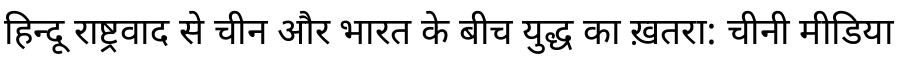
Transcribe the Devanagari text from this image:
हिन्दू राष्ट्रवाद से चीन और भारत के बीच युद्ध का ख़तरा: चीनी मीडिया